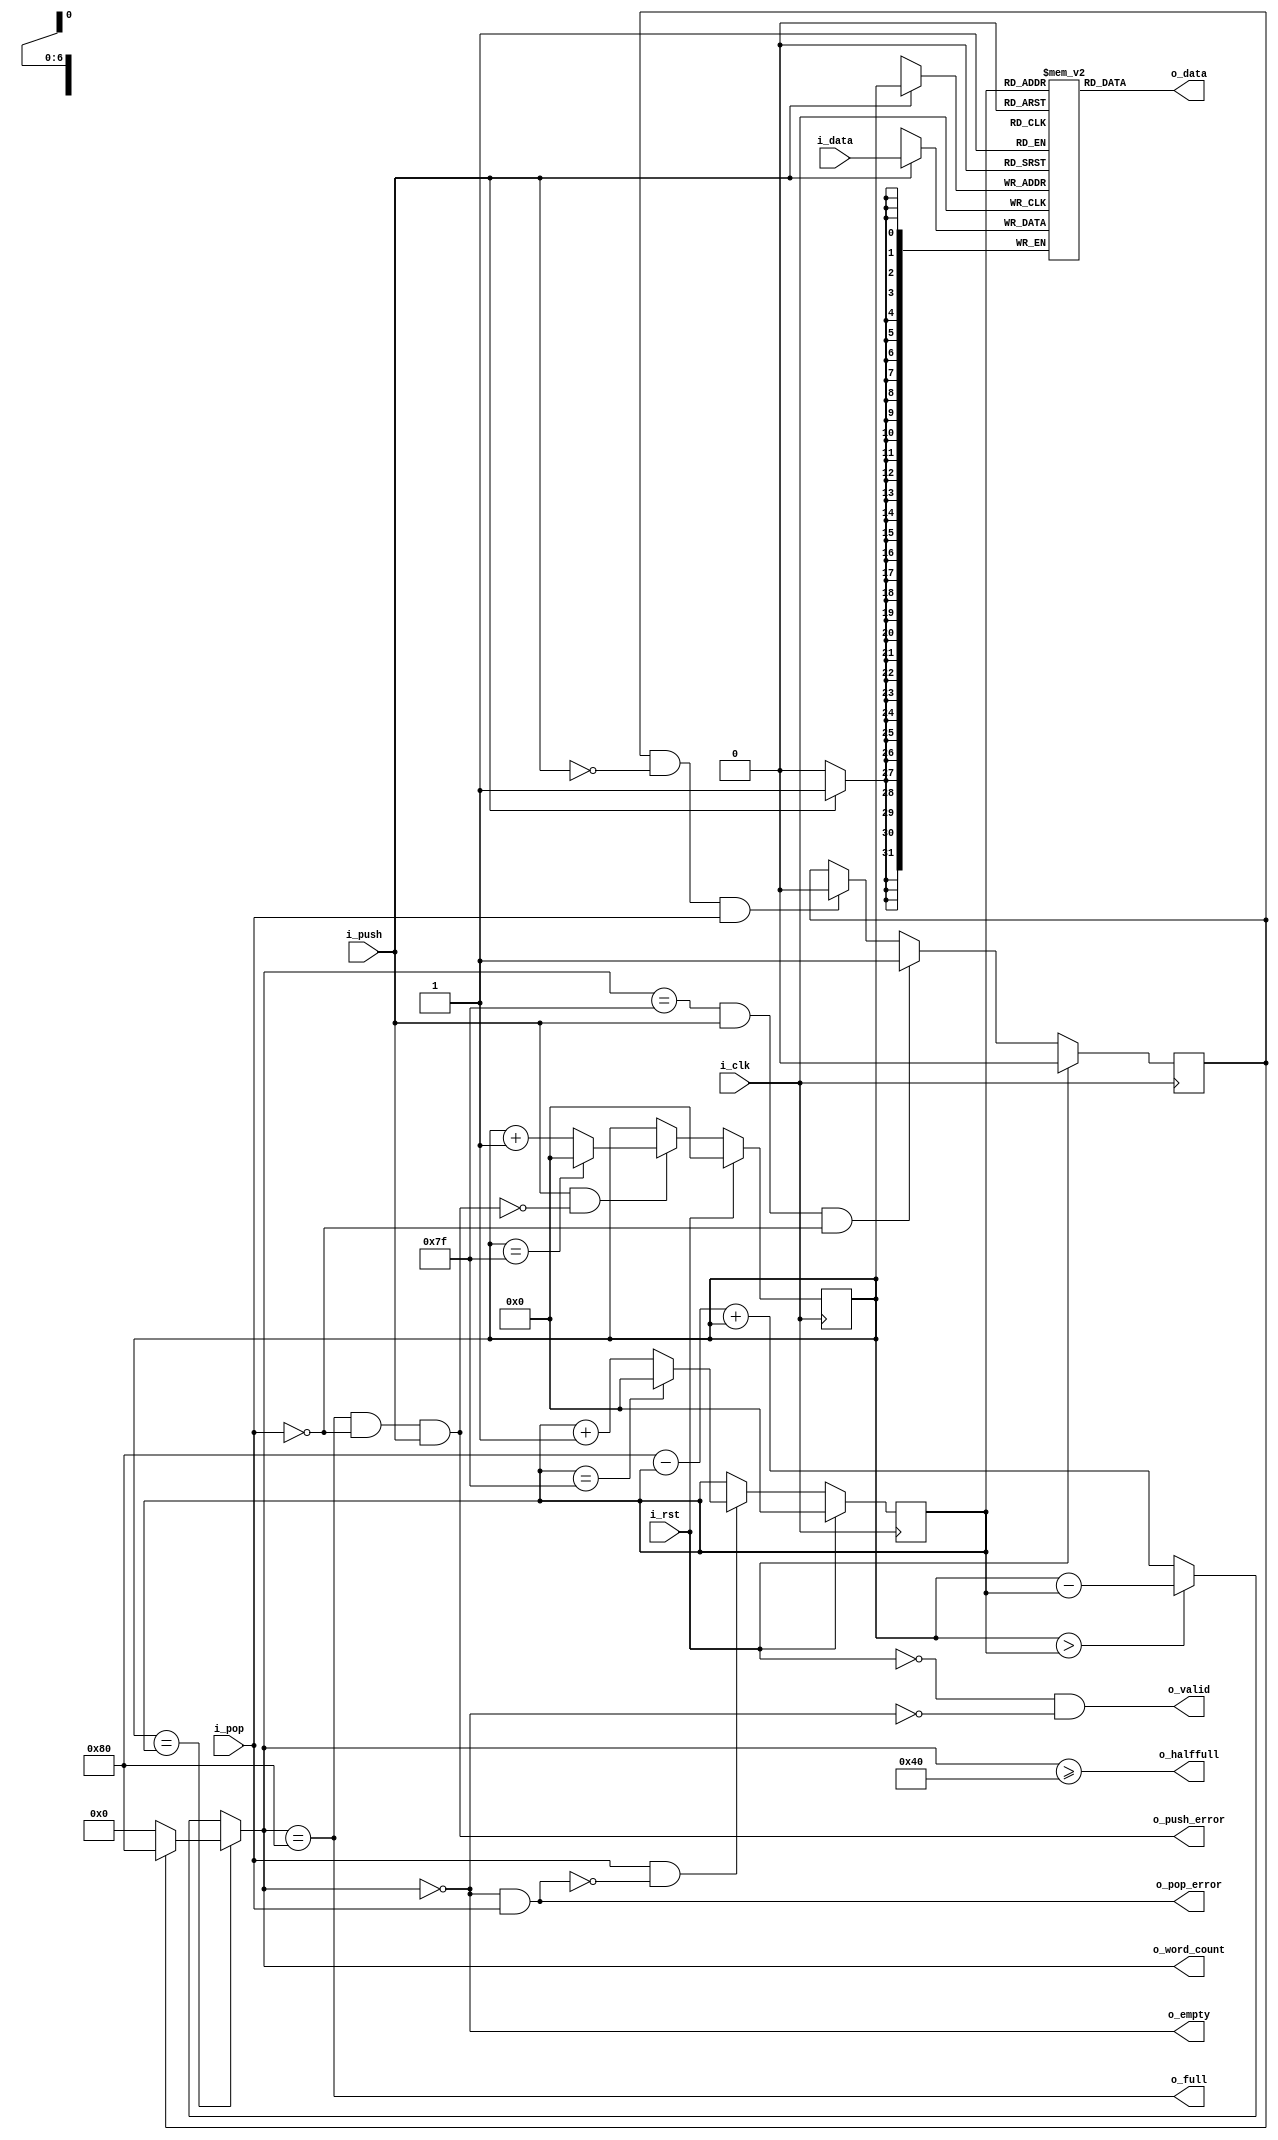
module fifo #(
  parameter  DATA_WIDTH         = 32,
  parameter  FIFO_DEPTH         = 128,
  parameter  POP_VALID          = 1'b0, // !=0->Pop/Valid, 0->Valid/Taken
  localparam FIFO_POINTER_WIDTH = $clog2(FIFO_DEPTH),
  localparam WORD_COUNT_WIDTH   = $clog2(FIFO_DEPTH+1'b1),
  localparam FIFO_MAX_POINTER   = FIFO_DEPTH-1'b1
)(
  input wire                         i_clk,
  input wire                         i_rst,

  input wire                         i_push,
  input wire        [DATA_WIDTH-1:0] i_data,
  input wire                         i_pop,

  output wire                        o_valid,
  output wire       [DATA_WIDTH-1:0] o_data,

  output wire [WORD_COUNT_WIDTH-1:0] o_word_count,
  output wire                        o_halffull,
  output wire                        o_empty,
  output wire                        o_full,
  output wire                        o_push_error,
  output wire                        o_pop_error
);

  generate
  if (FIFO_DEPTH == 1) begin: flop_fifo
    reg [DATA_WIDTH-1:0] memory;
    reg                  full_r;
    initial              full_r = 1'b0;
    assign               o_full       = full_r;
    assign               o_halffull   = full_r;
    assign               o_empty      = ~full_r;
    assign               o_word_count = full_r;
    assign               o_push_error = i_push & ~i_pop & full_r;
    assign               o_pop_error  = i_pop  & ~full_r;
    always @(posedge i_clk) memory   <= i_push ? i_data : memory;
    always @(posedge i_clk) full_r   <= i_rst           ? 1'b0   :
                                        i_push != i_pop ? i_push :
                                        full_r;
    if (POP_VALID != 1'b0) begin: pop_valid
      wire                    valid_e1  = ~i_rst & i_pop;
      reg                     valid_r;
      reg    [DATA_WIDTH-1:0] data_r;
      initial                 valid_r = 1'b0;
      always @(posedge i_clk) valid_r <= valid_e1;
      always @(posedge i_clk) data_r  <= valid_e1 ? memory : data_r;
      assign                  o_valid  = valid_r;
      assign                  o_data   = data_r;
    end
    else begin: valid_taken
      assign o_valid = full_r;
      assign o_data  = memory;
    end
  end

  else begin: ram_fifo
    reg          [DATA_WIDTH-1:0] memory [0:FIFO_DEPTH-1];
    reg  [FIFO_POINTER_WIDTH-1:0] r_pointer;
    reg  [FIFO_POINTER_WIDTH-1:0] w_pointer;
    reg                           completely_full;

    wire almostfull;

    initial begin
      r_pointer = {FIFO_POINTER_WIDTH{1'b0}};
      w_pointer = {FIFO_POINTER_WIDTH{1'b0}};
      completely_full = 1'b0;
    end

    wire [FIFO_POINTER_WIDTH-1:0] r_pointer_incremented;
    wire [FIFO_POINTER_WIDTH-1:0] w_pointer_incremented;

    assign o_word_count  = w_pointer == r_pointer ?
                             completely_full ? FIFO_DEPTH[WORD_COUNT_WIDTH-1:0] :
                             {WORD_COUNT_WIDTH{1'b0}} :
                           w_pointer > r_pointer ? w_pointer - r_pointer :
                           FIFO_DEPTH[WORD_COUNT_WIDTH-1:0] - r_pointer + w_pointer;

    assign o_empty      = o_word_count == 0;
    assign o_halffull   = o_word_count >= FIFO_DEPTH[WORD_COUNT_WIDTH-1:0] >> 1;
    assign   almostfull = o_word_count == FIFO_DEPTH[WORD_COUNT_WIDTH-1:0] - 1'b1;
    assign o_full       = o_word_count == FIFO_DEPTH[WORD_COUNT_WIDTH-1:0];


    assign r_pointer_incremented = r_pointer == FIFO_MAX_POINTER[FIFO_POINTER_WIDTH-1:0] ? {FIFO_POINTER_WIDTH{1'b0}} :
                                   r_pointer + 1'b1;
    assign w_pointer_incremented = w_pointer == FIFO_MAX_POINTER[FIFO_POINTER_WIDTH-1:0] ? {FIFO_POINTER_WIDTH{1'b0}} :
                                   w_pointer + 1'b1;
    assign o_pop_error           = o_empty &  i_pop;
    assign o_push_error          = o_full  & ~i_pop  &  i_push;

    always @(posedge i_clk) completely_full   <= i_rst ? 1'b0 :
                                                almostfull      &  i_push & ~i_pop ? 1'b1 :
                                                completely_full & ~i_push &  i_pop ? 1'b0 :
                                                completely_full;

    always @(posedge i_clk) r_pointer         <= i_rst  ? {FIFO_POINTER_WIDTH{1'b0}} :
                                                i_pop & ~o_pop_error   ? r_pointer_incremented :
                                                r_pointer;
    always @(posedge i_clk) w_pointer         <= i_rst  ? {FIFO_POINTER_WIDTH{1'b0}} :
                                                i_push & ~o_push_error ? w_pointer_incremented :
                                                w_pointer;

    if (POP_VALID != 1'b0) begin: pop_valid // treat pop as a request, then fulfil it by updating data and raising valid
      wire                 valid_e1  = ~i_rst & ~o_pop_error & i_pop;
      reg                  valid_r;
      reg [DATA_WIDTH-1:0] data_r;
      initial valid_r = 1'b0;
      always @(posedge i_clk) valid_r <= valid_e1;
      always @(posedge i_clk) begin
        if (i_push)   memory[w_pointer] <= i_data;
        if (valid_e1) data_r            <= memory[r_pointer];
      end
      assign o_valid = valid_r;
      assign o_data  = data_r;
    end
    else begin: ready_taken // always output data and vaid if not empty; treat pop as a statement that the data has been taken
      always @(posedge i_clk) begin
        if (i_push) memory[w_pointer] <= i_data;
      end
      assign o_valid = ~i_rst & ~o_empty;
      assign o_data  = memory[r_pointer];
    end
  end // if fifo_depth > 1
  endgenerate

  `ifdef verilator
  always @(posedge i_clk) begin
      assert (i_rst ? 1'b1 : ~o_pop_error) else
      begin
        $display("FIFO pop error!");
        $fatal;
      end
      assert (i_rst ? 1'b1 : ~o_push_error) else
      begin
        $display("FIFO push error!");
        $fatal;
      end
  end
  `endif

endmodule